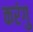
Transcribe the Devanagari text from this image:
करंगु